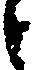
と